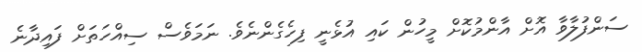
ސަންފުލާވާ އޮށް އާންމުކޮށް މީހުން ކައި އުޅެނީ ފިހެގެންނެވެ. ނަމަވެސް ސިއްހަތަށް ފައިދާނެ